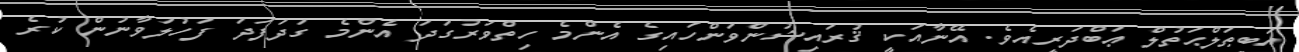
އަބީޠަލްޙަތުލް ޢަބްދަރީއެވެ. އޭނާއަކީ ޤުރައިޝުންވަންހައިގެ އެންމެ ހިތްވަރުގަދަ އެންމެ ގަދަފަދަ ފަހުލަވާނުން ކުރެ